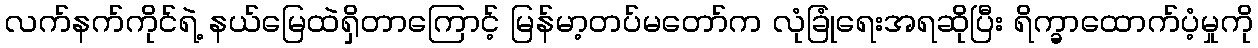
လက်နက်ကိုင်ရဲ့ နယ်မြေထဲရှိတာကြောင့် မြန်မာ့တပ်မတော်က လုံခြုံရေးအရဆိုပြီး ရိက္ခာထောက်ပံ့မှုကို